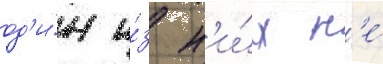
од'и́н и́з н'и́х н'е́